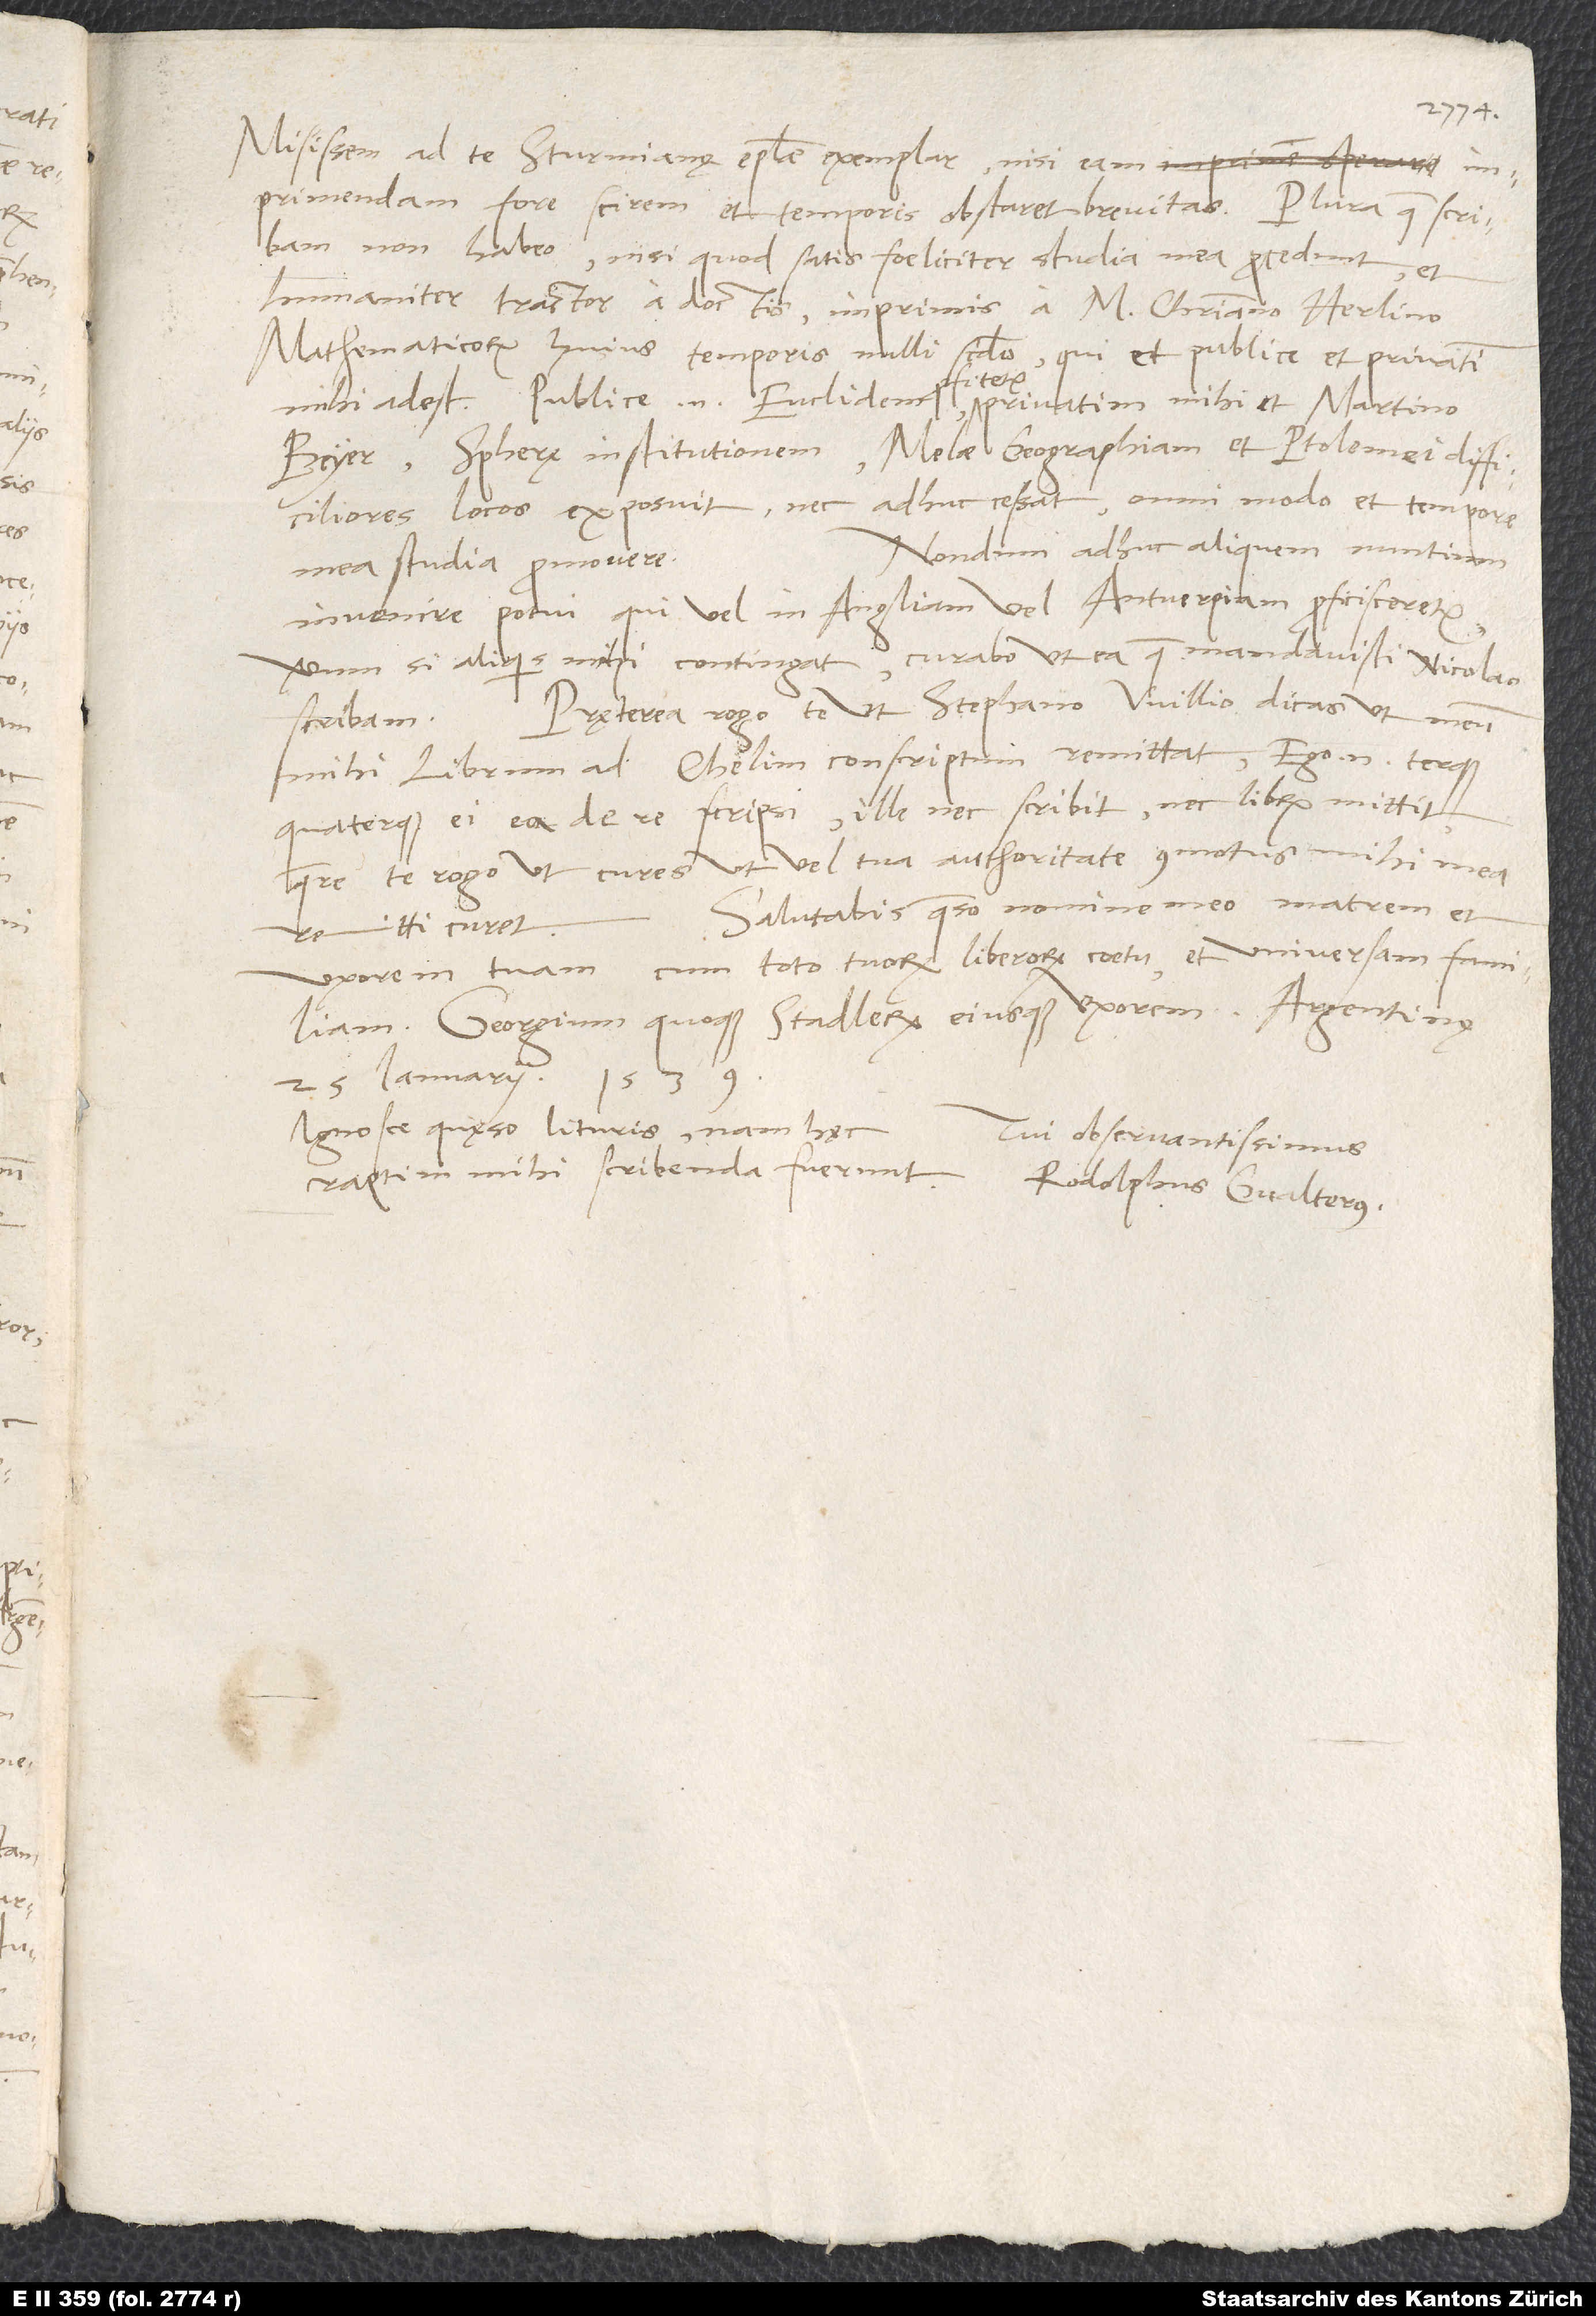
Misissem ad te Sturmianę epistolae exemplar, nisi eam
non habeo, nisi quod satis foeliciter studia mea procedunt et
humaniter tractor a doctis, imprimis a M. Christiano Herlino,
mathematicorum huius temporis nulli secundo, qui et publice et privatim
mihi adest. Publice enim Euclidem profitetur, privatim mihi et Martino
Beyer spherę institutionem, Melae Geographiam et Ptolemei difficiliores
locos exposuit, nec adhuc cessat omni modo et tempore
Nondum adhuc aliquem nuntium
mea studia promovere.
invenire potui, qui vel in Angliam vel Antverpiam proficisceretur;
verum si aliquis mihi contingat, curabo, ut ea, quae mandavisti, Nicolao
Pręterea rogo te, ut Stephano Willio dicas, ut meum
scribam.
mihi librum ad chelim conscriptum remittat. Ego enim terque
quaterque ei ea de re scripsi; ille nec scribit nec librum mittit.
Quare te rogo, ut cures, ut vel tua authoritate commotus mihi mea
Salutabis, quaeso, nomine meo matrem et
remitti curet.
uxorem tuam cum toto tuorum liberorum coetu et universam familiam,
Georgium quoque Stadlerum eiusque uxorem.
25. ianuarii 1539.
Ignosce, quęso, lituris; nam hęc
Tui observantissimus